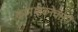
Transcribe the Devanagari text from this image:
कामभावनेचाही